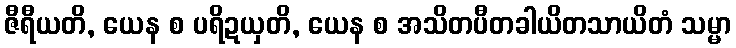
ဇီရီယတိ, ယေန စ ပရိဍယှတိ, ယေန စ အသိတပီတခါယိတသာယိတံ သမ္မာ